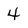
Character: 4